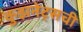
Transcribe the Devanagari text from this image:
कुझनेट्सची